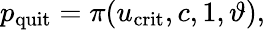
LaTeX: p_{\mathrm{quit}}=\pi(u_{\mathrm{crit}},c,1,\vartheta),